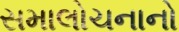
સમાલોચનાનો